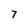
Character: 7